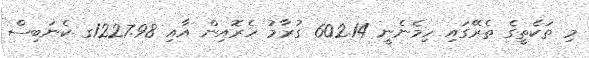
މި ތަކެތީގެ ތެރޭގައި ހިމެނެނީ 602.14 ގުރާމު ހެރޮއިން އާއި 1227.98ގ ކެނަބިސް